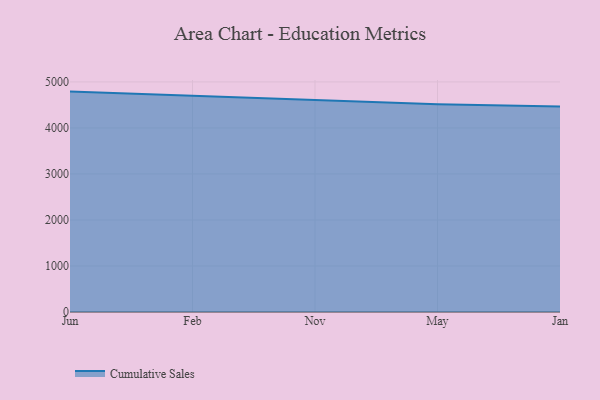
{"axis": {"x": "Month", "y": "Operating Costs (USD K)"}, "legend": ["Cumulative Sales"], "data": [{"x": "Jun", "y": 4789.8, "type": "Cumulative Sales"}, {"x": "Feb", "y": 4699.7, "type": "Cumulative Sales"}, {"x": "Nov", "y": 4606.0, "type": "Cumulative Sales"}, {"x": "May", "y": 4513.6, "type": "Cumulative Sales"}, {"x": "Jan", "y": 4465.2, "type": "Cumulative Sales"}]}